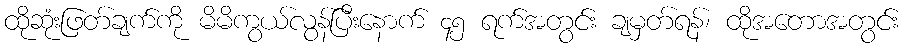
ထိုဆုံးဖြတ်ချက်ကို မိမိကွယ်လွန်ပြီးနောက် ၄၅ ရက်အတွင်း ချမှတ်ရန်၊ ထိုအတောအတွင်း